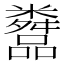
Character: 𬖿